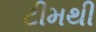
ટીમથી